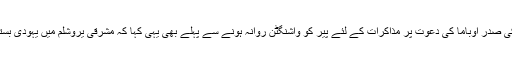
اسی لئے اسرائیلی وزیراعظم نتن یاہو نے امریکی صدر اوباما کی دعوت پر مذاکرات کے لئے پیر کو واشنگٹن روانہ ہونے سے پہلے بھی یہی کہا کہ مشرقی یروشلم میں یہودی بستیوں میں تعمیر و توسیع کا عمل جاری رہے گا۔